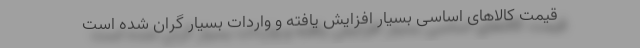
قیمت کالاهای اساسی بسیار افزایش یافته و واردات بسیار گران شده است